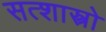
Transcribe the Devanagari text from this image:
सत्शास्त्रो